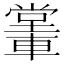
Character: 𨎖